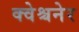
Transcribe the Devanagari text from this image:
क्वेश्चनेर